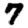
Digit: 7